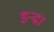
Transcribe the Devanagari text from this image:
इन्द्र।